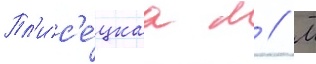
Пл'ис'е́цкаа м // М